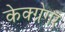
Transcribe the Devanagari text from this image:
केक्ग्रेगर